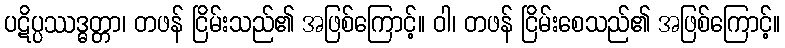
ပဋိပ္ပဿဒ္ဓတ္တာ၊ တဖန် ငြိမ်းသည်၏ အဖြစ်ကြောင့်။ ဝါ၊ တဖန် ငြိမ်းစေသည်၏ အဖြစ်ကြောင့်။